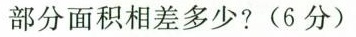
部分面积相差多少? (6分)